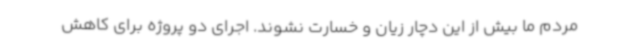
مردم ما بیش از این دچار زیان و خسارت نشوند. اجرای دو پروژه برای کاهش